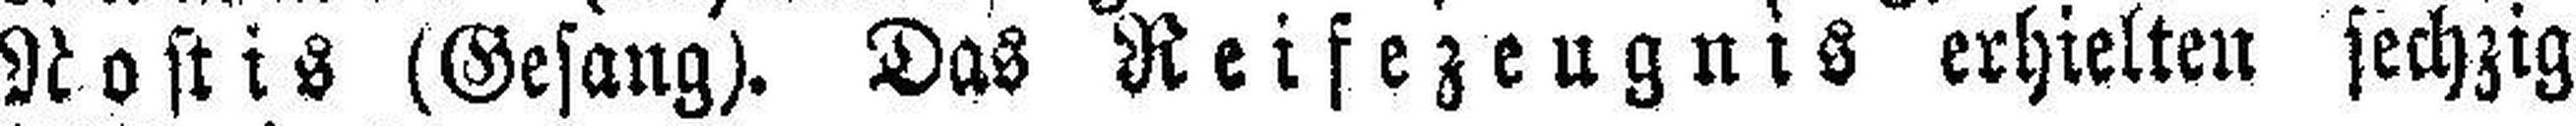
Rostis (Gesang). Das Reifezeugnis erhielten sechzig